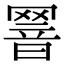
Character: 𦋫